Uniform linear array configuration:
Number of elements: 8
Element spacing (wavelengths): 0.5
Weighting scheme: hamming
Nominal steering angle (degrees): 30
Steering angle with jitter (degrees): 29.952
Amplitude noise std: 0.05
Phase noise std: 0.05

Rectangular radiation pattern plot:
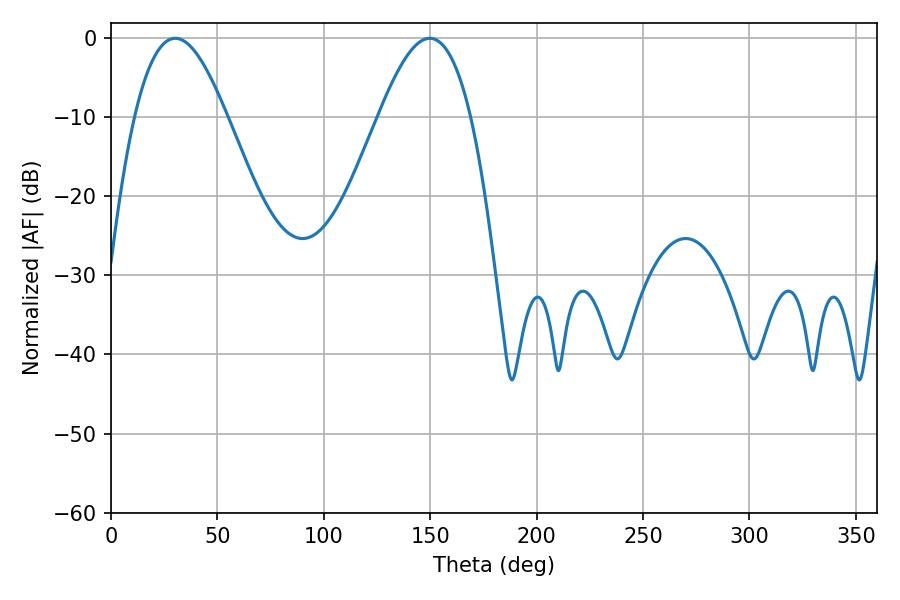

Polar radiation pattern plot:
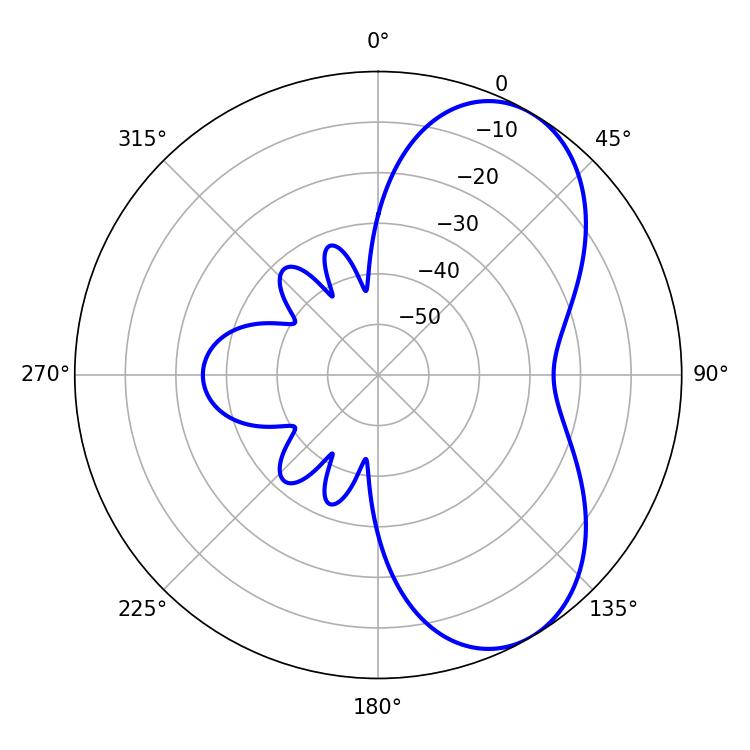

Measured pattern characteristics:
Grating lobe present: FALSE
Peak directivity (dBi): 6.324
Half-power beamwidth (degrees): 23.4
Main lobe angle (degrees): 30.24